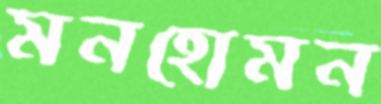
মনহোমন